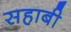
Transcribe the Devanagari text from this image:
सहाबी